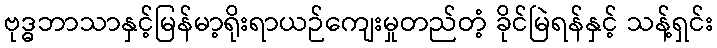
ဗုဒ္ဓဘာသာနှင့်မြန်မာ့ရိုးရာယဉ်ကျေးမှုတည်တံ့ ခိုင်မြဲရန်နှင့် သန့်ရှင်း